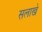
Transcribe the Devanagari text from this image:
सलाखे